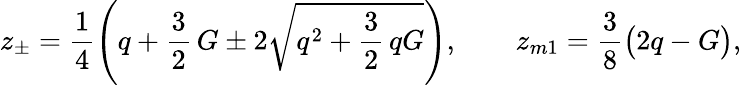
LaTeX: \begin{array}{l}{\displaystyle{z_{\pm}=\frac{1}{4}\left(q+\frac{3}{2}\, G\pm 2\sqrt{q^{2}+\frac{3}{2}\, qG}\right),\qquad z_{m1}=\frac{3}{8}\big(2q-G\big),}}\end{array}